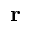
\mathbf { r }